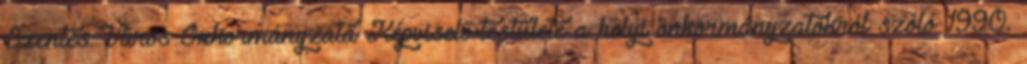
Szentes Város Önkormányzata Képviselő-testülete a helyi önkormányzatokról szóló 1990.